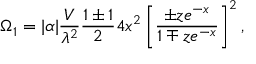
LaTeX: \Omega _ { 1 } = | \alpha | { \frac { V } { \lambda ^ { 2 } } } { \frac { 1 \pm 1 } { 2 } } 4 x ^ { 2 } \left[ { \frac { \pm z e ^ { - x } } { 1 \mp z e ^ { - x } } } \right] ^ { 2 } ,